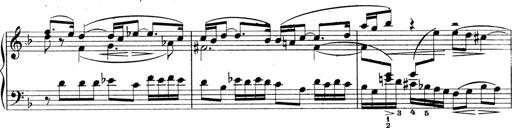
Title: Sonatina No.5
Composer: Otto Stoll
Key: F-sharp minor